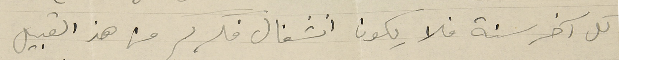
كل آخر سنة فلا يكون انشغال فكركم من هذ القبيل